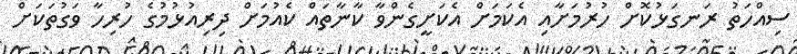
ސިއްހަތު ރަނގަޅުކޮށް ހުރުމަށާއި އެކަމަށް އެކަށީގެންވާ ކާނާތައް ކެއުމަށް ދިރިއުޅުމުގެ ހުރިހާ ވަގުތަކަށް